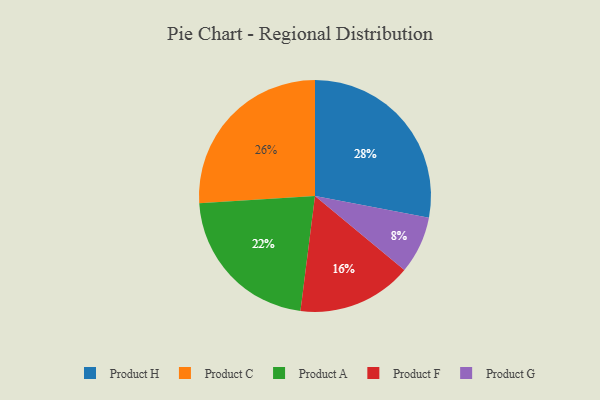
{"axis": {"x": "Category", "y": "Percentage"}, "legend": ["Product A", "Product C", "Product F", "Product G", "Product H"], "data": [{"x": "Product C", "y": 26, "type": "Product C"}, {"x": "Product H", "y": 28, "type": "Product H"}, {"x": "Product F", "y": 16, "type": "Product F"}, {"x": "Product A", "y": 22, "type": "Product A"}, {"x": "Product G", "y": 8, "type": "Product G"}]}